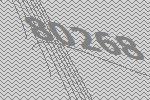
80268